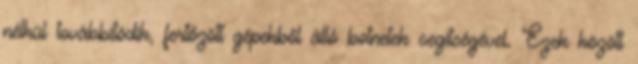
nélkül továbbítódik, fertőzött gépekből álló botnetek segítségével. Ezek között